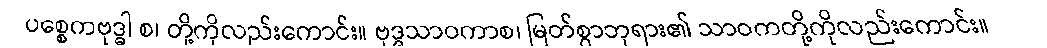
ပစ္စေကဗုဒ္ဓါ စ၊ တို့ကိုလည်းကောင်း။ ဗုဒ္ဓသာဝကာစ၊ မြတ်စွာဘုရား၏ သာဝကတို့ကိုလည်းကောင်း။